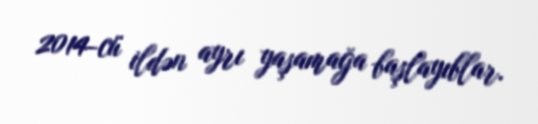
2014-cü ildən ayrı yaşamağa başlayıblar.